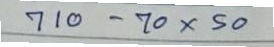
710 - 70 x 50